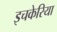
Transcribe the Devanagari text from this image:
इचकेरिया